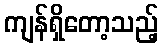
ကျန်ရှိတော့သည့်